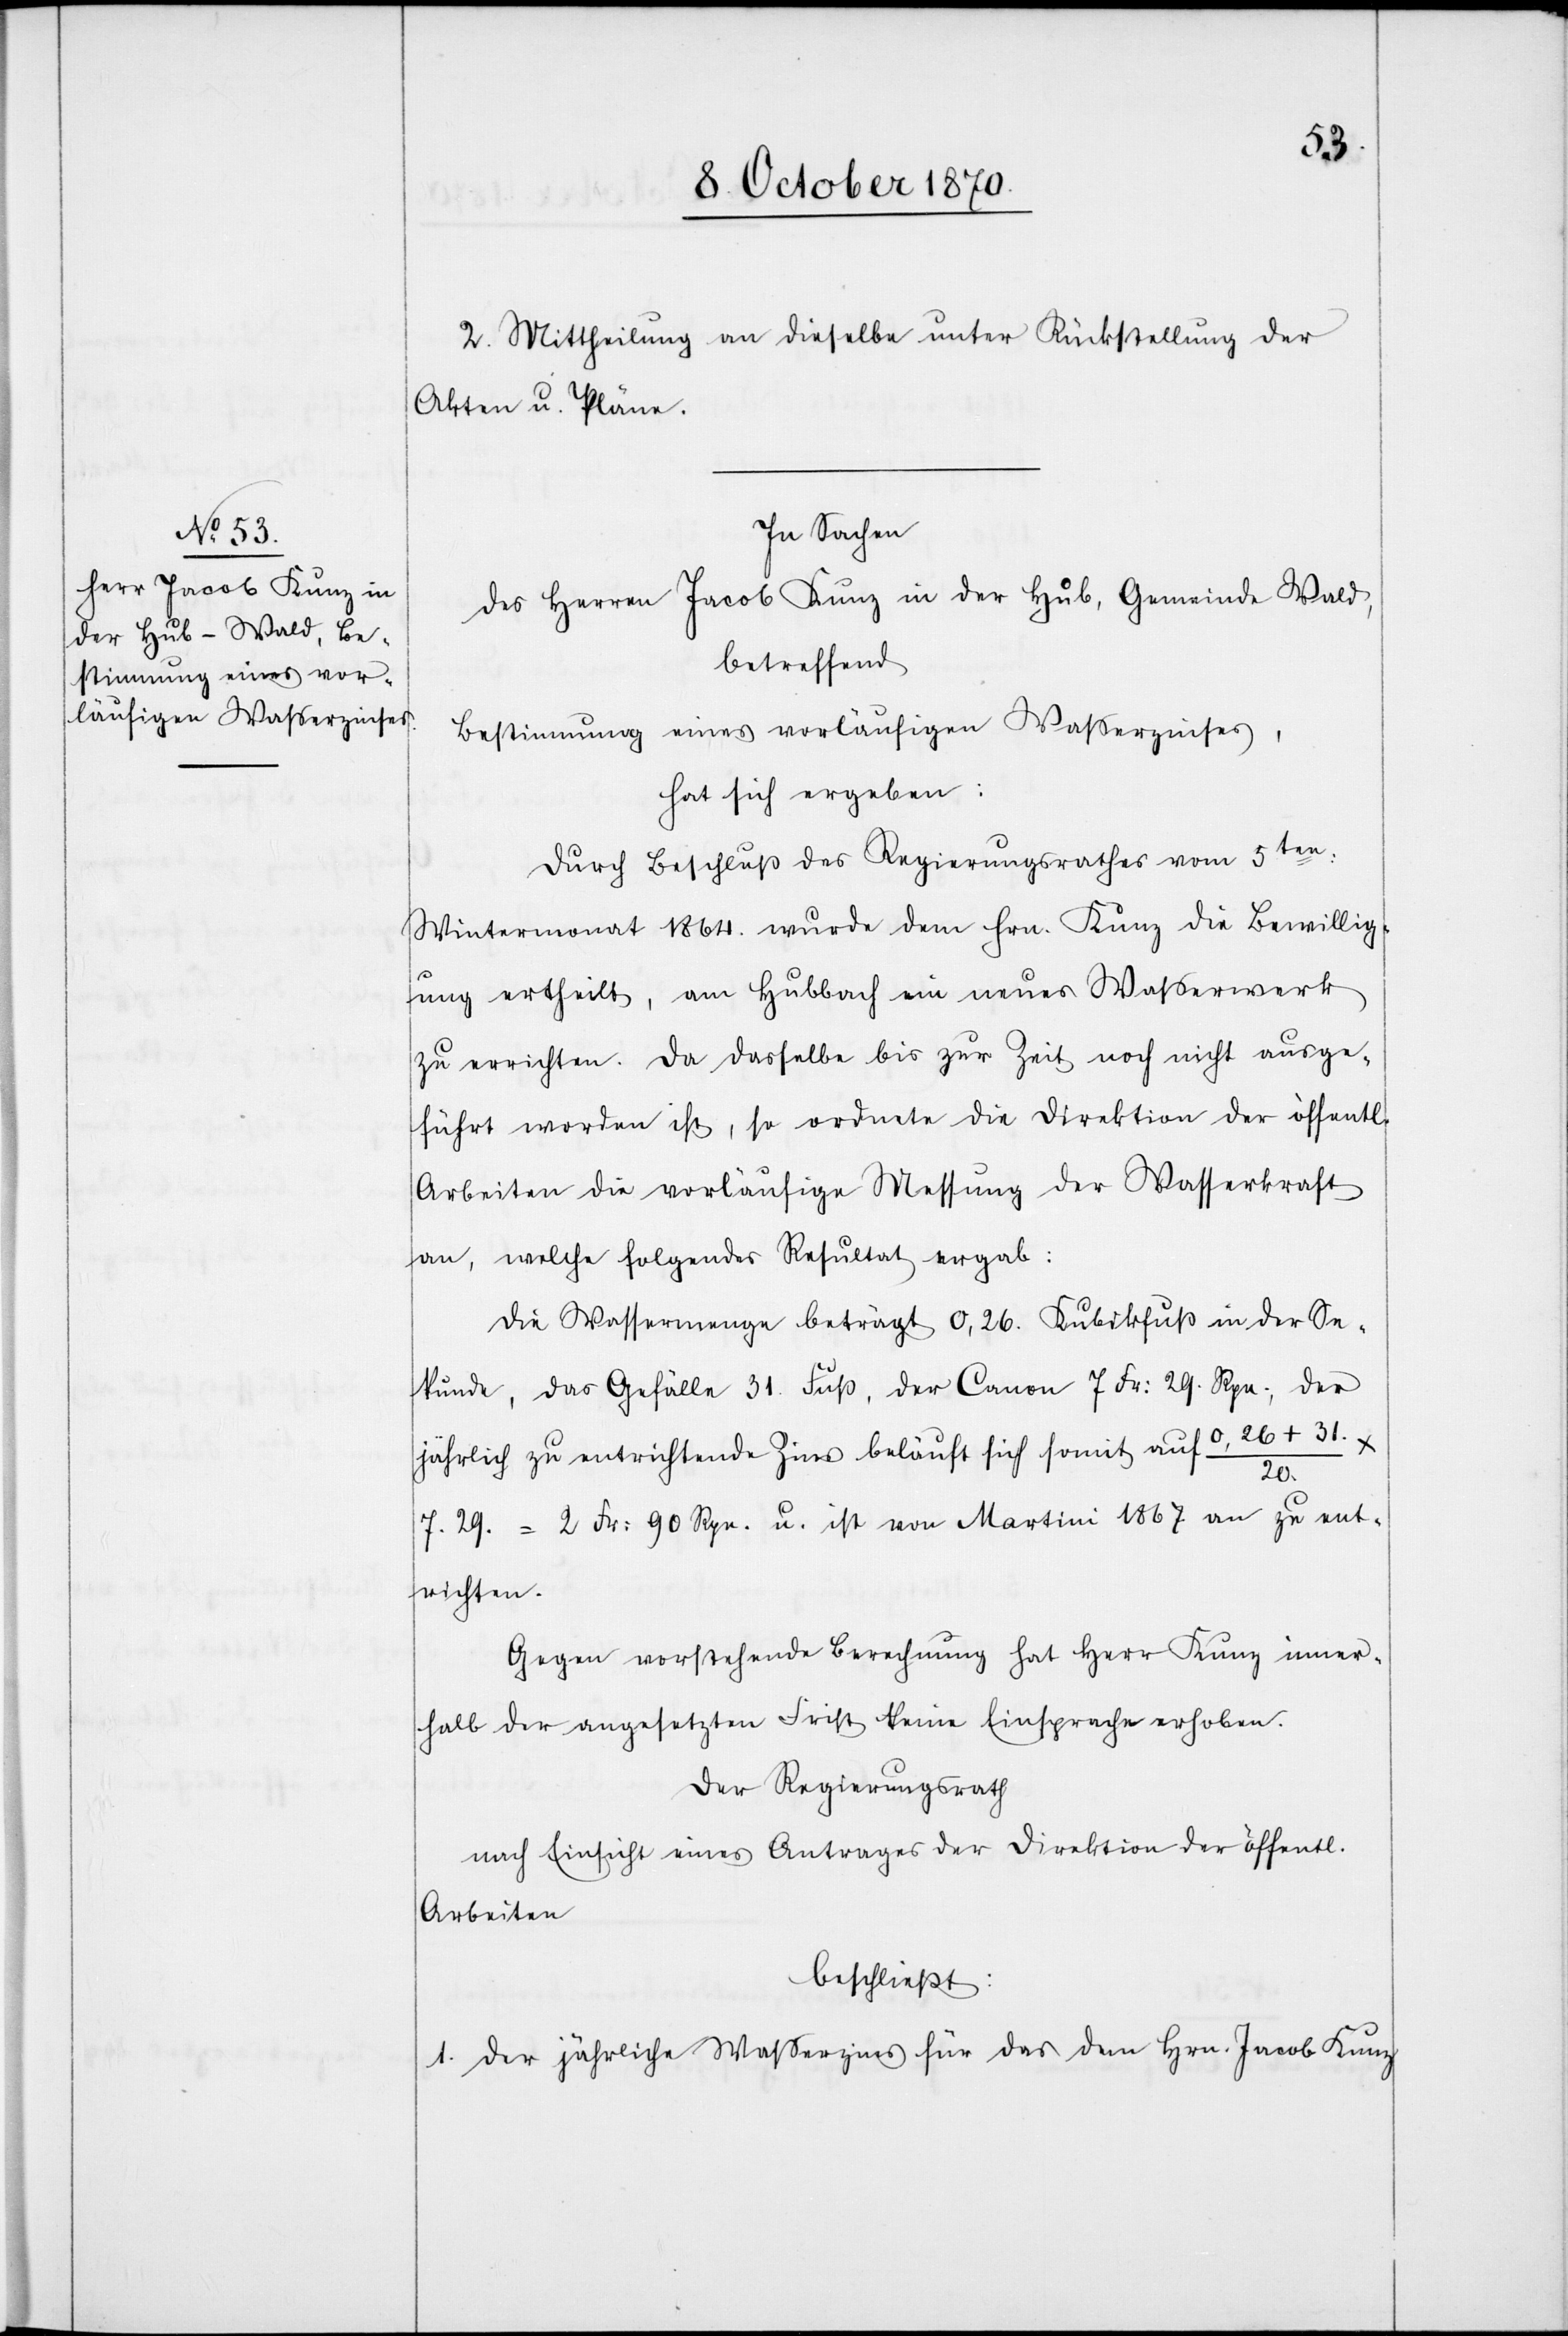
2. Mittheilung an dieselbe unter Rückstellung der
Akten u. Pläne.
In Sachen
des Herren Jacob Kunz in der Hub, Gemeinde Wald,
betreffend
Bestimmung eines vorläufigen Waßerzinses,
hat sich ergeben:
Durch Beschluß des Regierungsrathes vom 5ten:
Wintermonat 1864. wurde dem Hrn. Kunz die Bewillig¬
ung ertheilt, am Hubbach ein neues Waßerwerk
zu errichten. Da dasselbe bis zur Zeit noch nicht ausge¬
führt worden ist, so ordnete die Direktion der öffentl.
Arbeiten die vorläufige Messung der Wasserkraft
an, welche folgendes Resultat ergab:
Die Wassermenge beträgt 0,26. Kubikfuß in der Se¬
kunde, das Gefälle 31 Fuß, der Canon 7 Fr: 29. Rp., der
jährlich zu errichtende Zins beläuft sich somit auf 0,26 + 31. /
20.
7.29. = 2 Fr: 90 Rpn. u. ist von Martini 1867. an zu ent¬
richten.
Gegen vorstehende Berechnung hat Herr Kunz inner¬
halb der angesetzten Frist keine Einsprache erhoben.
Der Regierungsrath
nach Einsicht eines Antrages der Direktion der öffentl.
Arbeiten
beschließt:
1. Der jährliche Waßerzins für das dem Hrn. Jacob Kunz